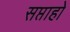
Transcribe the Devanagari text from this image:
सप्ताहो